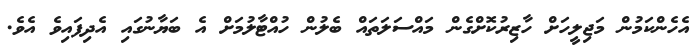
އެހެންކަމުން މަޖިލީހަށް ހާޒިރުކޮށްގެން މައްސަލަތައް ބެލުން ހުއްޓާލުމަށް އެ ބަޔާނުގައި އެދިފައިވެ އެވެ.